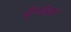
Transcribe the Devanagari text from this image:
सैण्डहर्स्ट